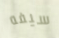
سيفه